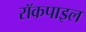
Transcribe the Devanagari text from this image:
रॉकपाइल